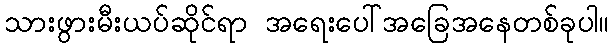
သားဖွားမီးယပ်ဆိုင်ရာ အရေးပေါ်အခြေအနေတစ်ခုပါ။